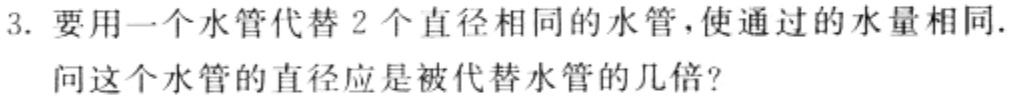
3. 要用一个水管代替 2 个直径相同的水管，使通过的水量相同.
问这个水管的直径应是被代替水管的几倍?